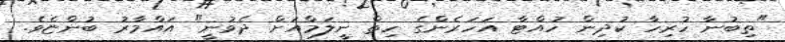
"ތިބުނާ ހުރިހާ ކުދިން ހުއްޓާ އަހަރެންގެ ހިތް ނީލަމްއަށް ދެވުނީ" އައްމާރު ބުންޏެވެ.